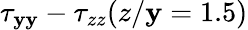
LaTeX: \tau_{\mathbf{y}\mathbf{y}}-\tau_{zz}(z/\mathbf{y}=1.5)